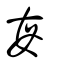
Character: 每